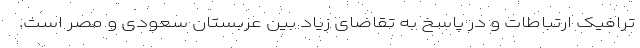
ترافیک ارتباطات و در پاسخ به تقاضای زیاد بین عربستان سعودی و مصر است.